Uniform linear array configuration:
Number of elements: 4
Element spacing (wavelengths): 1
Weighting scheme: hamming
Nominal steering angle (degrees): -45
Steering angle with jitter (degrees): -46.249
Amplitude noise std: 0.05
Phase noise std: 0.05

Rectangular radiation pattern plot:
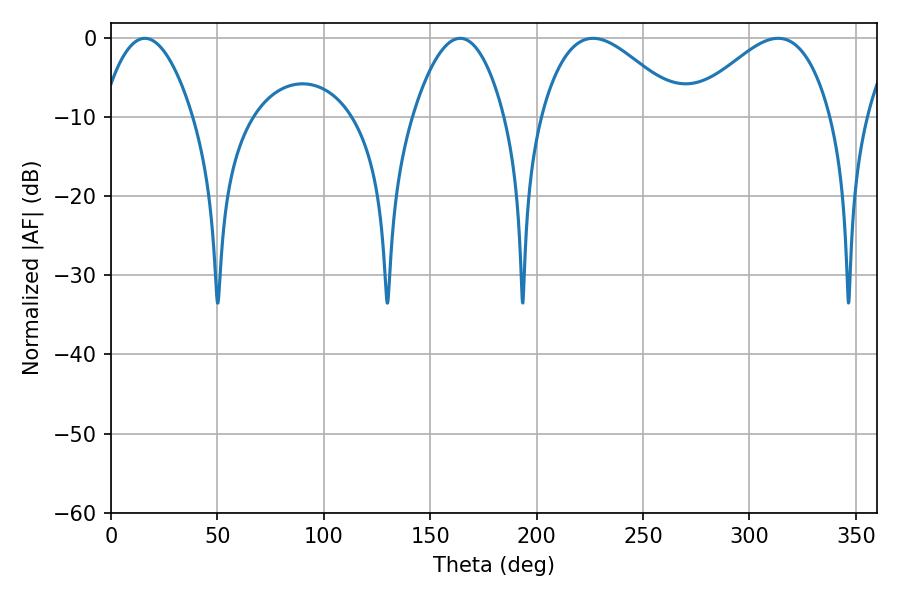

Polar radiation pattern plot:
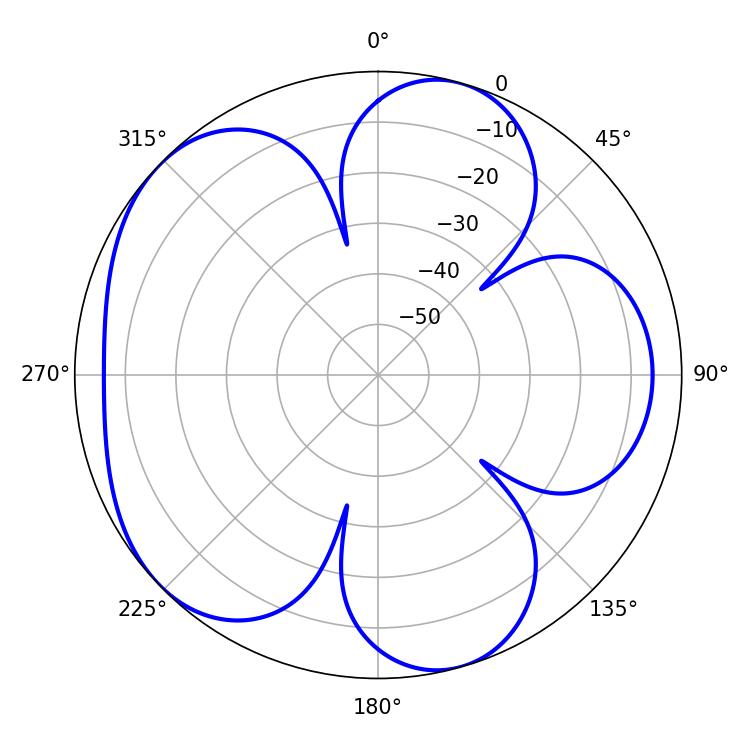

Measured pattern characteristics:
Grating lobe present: TRUE
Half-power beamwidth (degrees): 35.64
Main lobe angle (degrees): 226.44